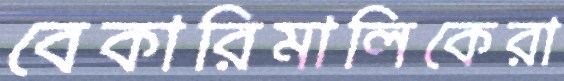
বেকারিমালিকেরা